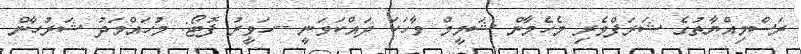
ރަސްމިއްޔާތުގެ ޝަރަފްވެރި މެހެމާން ޝަމީމް ވާހަކަ ދައްކަވަނީ --ހަވީރު ފޮޓޯ: މުހައްމަދު ޝަރުހާން